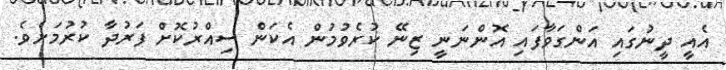
އެއީ ދީނުގައި އަންގަވާފައި އޮންނަނީ ޒިނޭ ކުރެވުމުން އެކަން ސިއްރުކޮށް ފަރުދާ ކުރުމަށެވެ.